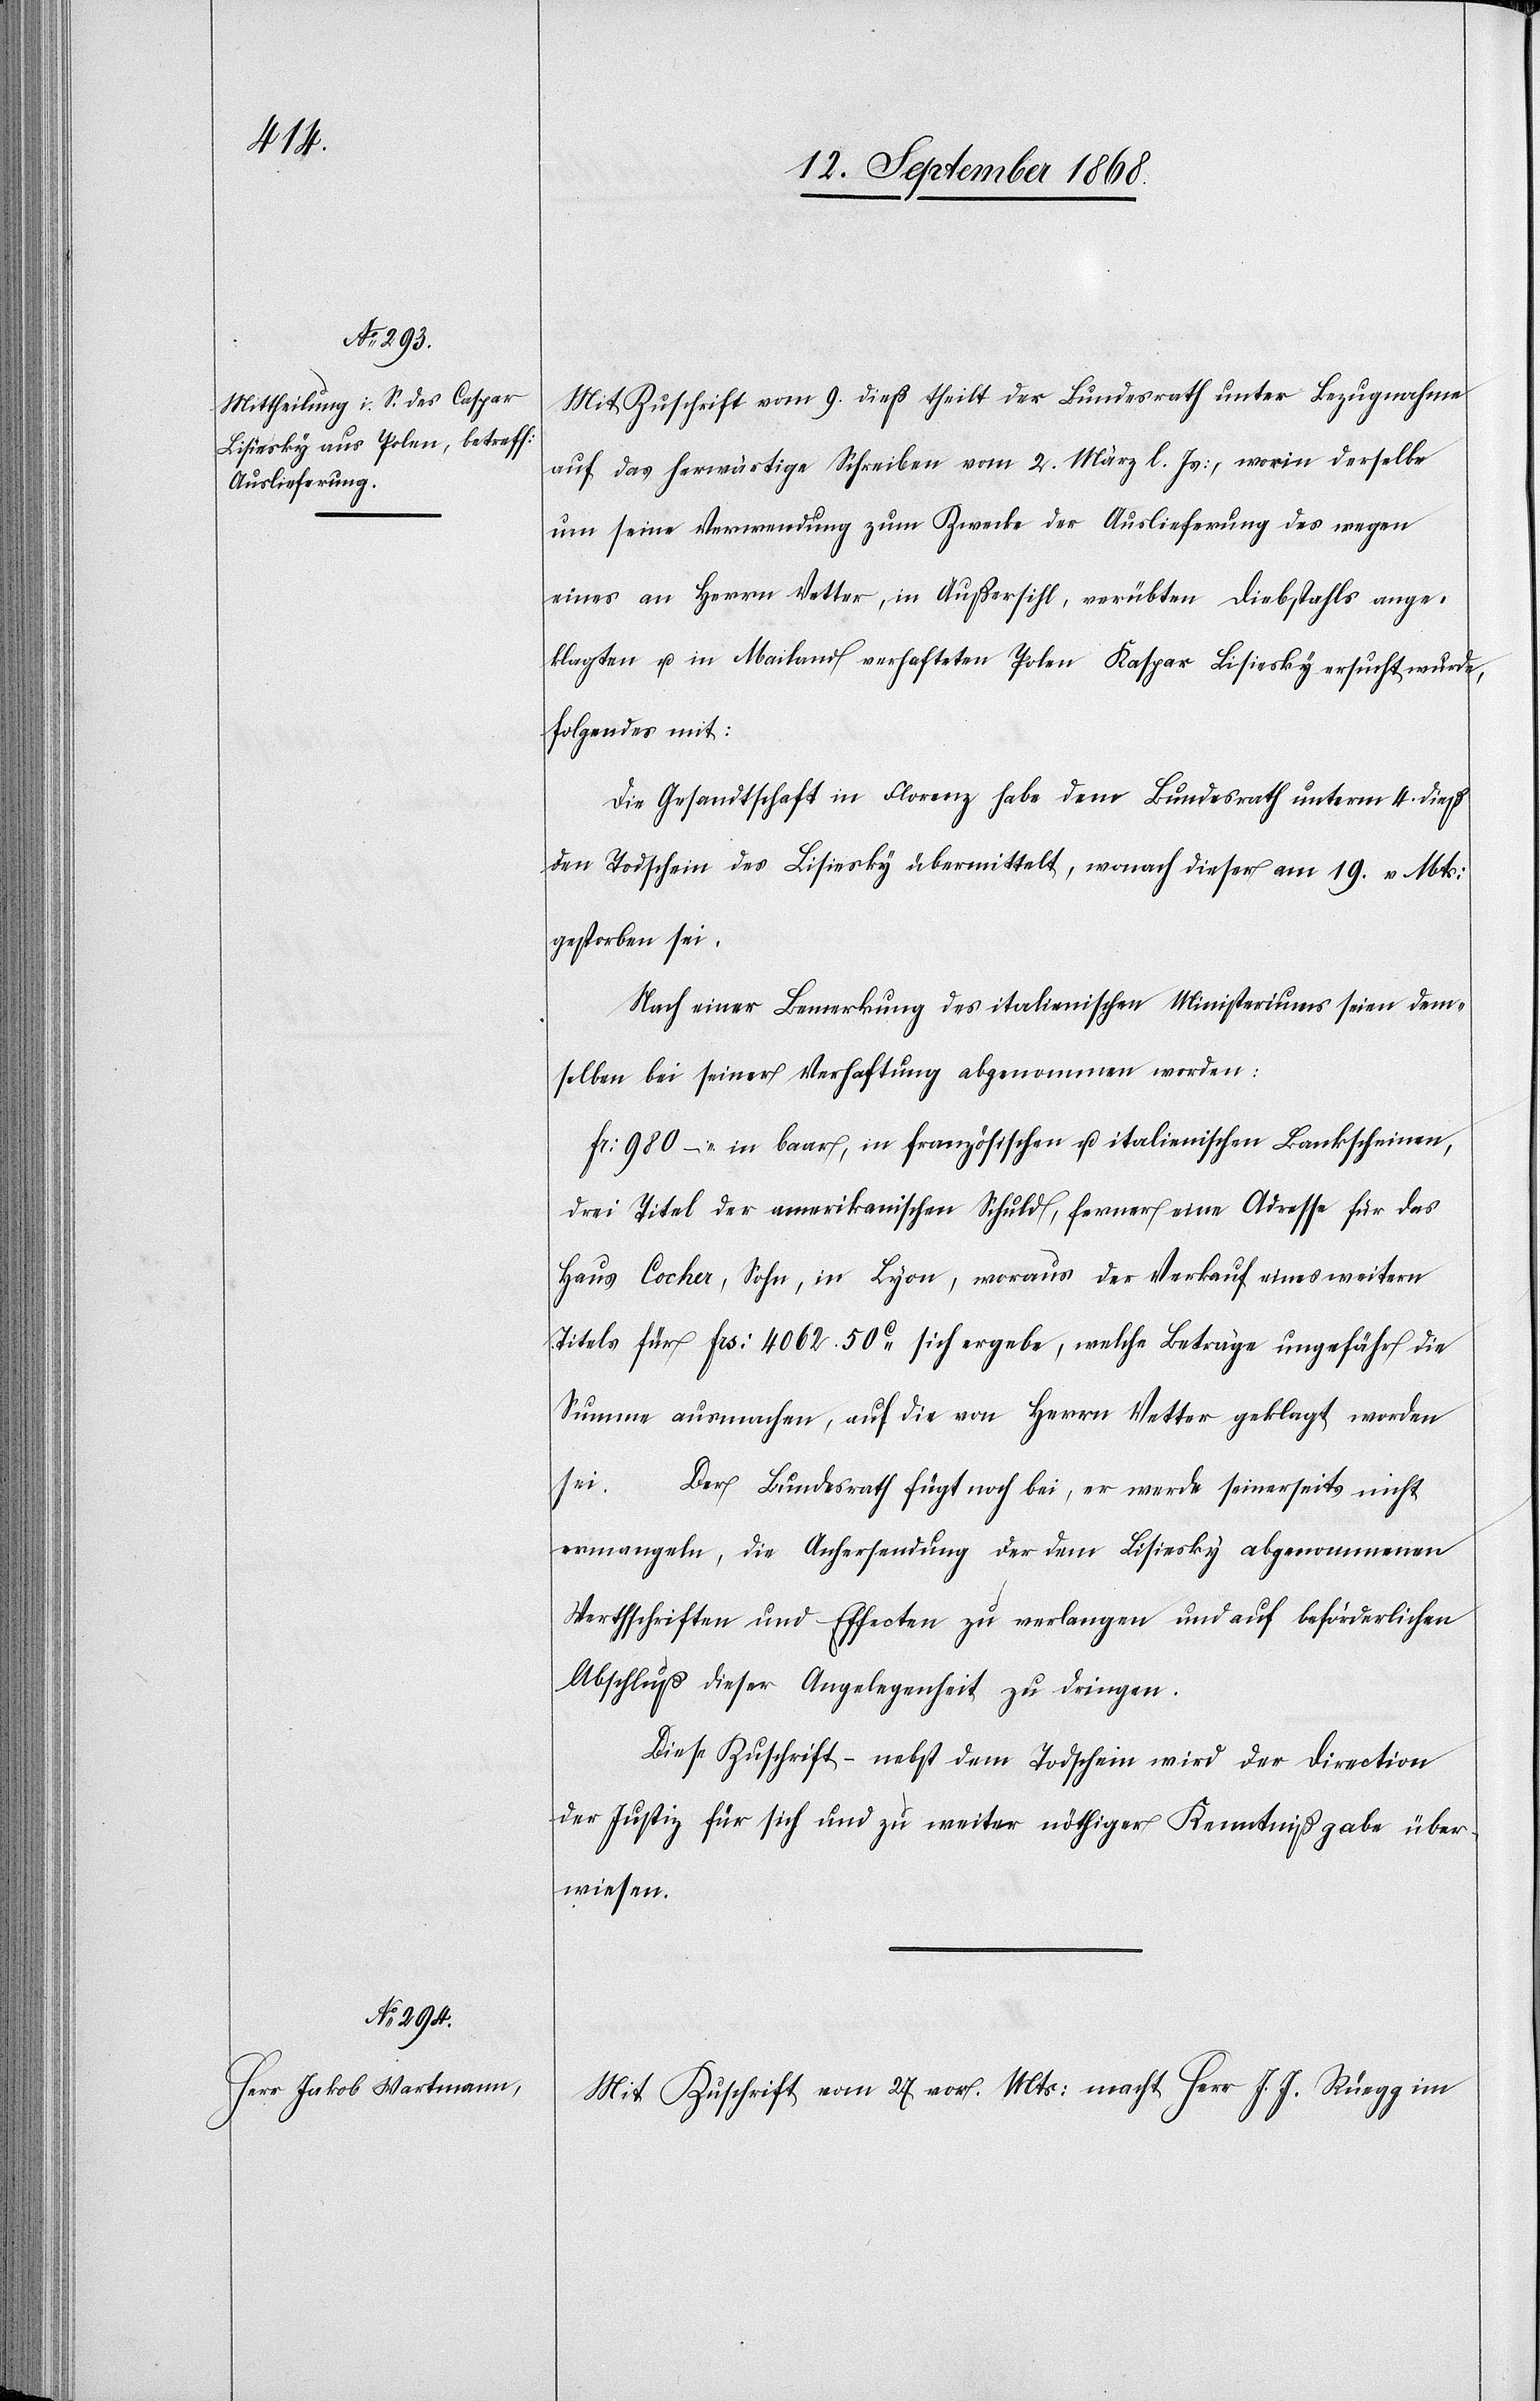
Mit Zuschrift vom 9. dieß theilt der Bundesrath unter Bezugnahme
auf das herwärtige Schreiben vom 2. März l. Js:, worin derselbe
um seine Verwendung zum Zwecke der Auslieferung des wegen
eines an Herrn Vetter, in Außersihl, verübten Diebstahls ange¬
klagten u. in Mailand verhafteten Polen Kaspar Lisiesky ersucht wurde,
folgendes mit:
Die Gesandtschaft in Florenz habe dem Bundesrath unterm 4. dieß
den Todschein des Lisiesky übermittelt, wonach dieser am 19. v. Mts:
gestorben sei.
Nach einer Bemerkung des italienischen Ministeriums seien dem¬
selben bei seiner Verhaftung abgenommen worden:
Fr: 980 – in baar, in französischen u. italienischen Bankscheinen,
drei Titel der amerikanischen Schuld, ferner eine Adresse für das
Haus Cocher, Sohn, in Lyon, woraus der Verkauf eines weitern
Titels für Frs: 4062. 50c sich ergebe, welche Beträge ungefähr die
Summe ausmachen, auf die von Herrn Vetter geklagt worden
sei. … Der Bundesrath fügt noch bei, er werde seinerseits nicht
ermangeln, die Anhersendung der dem Lisiesky abgenommenen
Werthschriften und Effecten zu verlangen und auf beförderlichen
Abschluß dieser Angelegenheit zu dringen.
Diese Zuschrift – nebst dem Todschein wird der Direction
der Justiz für sich und zu weiter nöthiger Kenntnißgabe über¬
wiesen.
Mit Zuschrift vom 27 vor. Mts: macht Herr J. J. Rüegg im